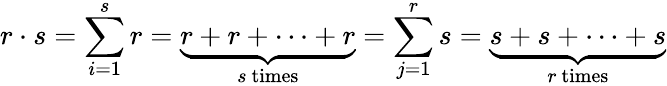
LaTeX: r\cdot s=\sum_{i=1}^{s}r=\underbrace{r+r+\cdots+r}_{s{\mathrm{~times}}}=\sum_{j=1}^{r}s=\underbrace{s+s+\cdots+s}_{r{\mathrm{~times}}}